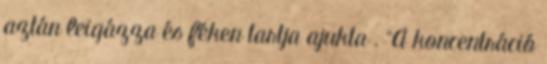
aztán leigázza és féken tartja ajukta . "A koncentráció